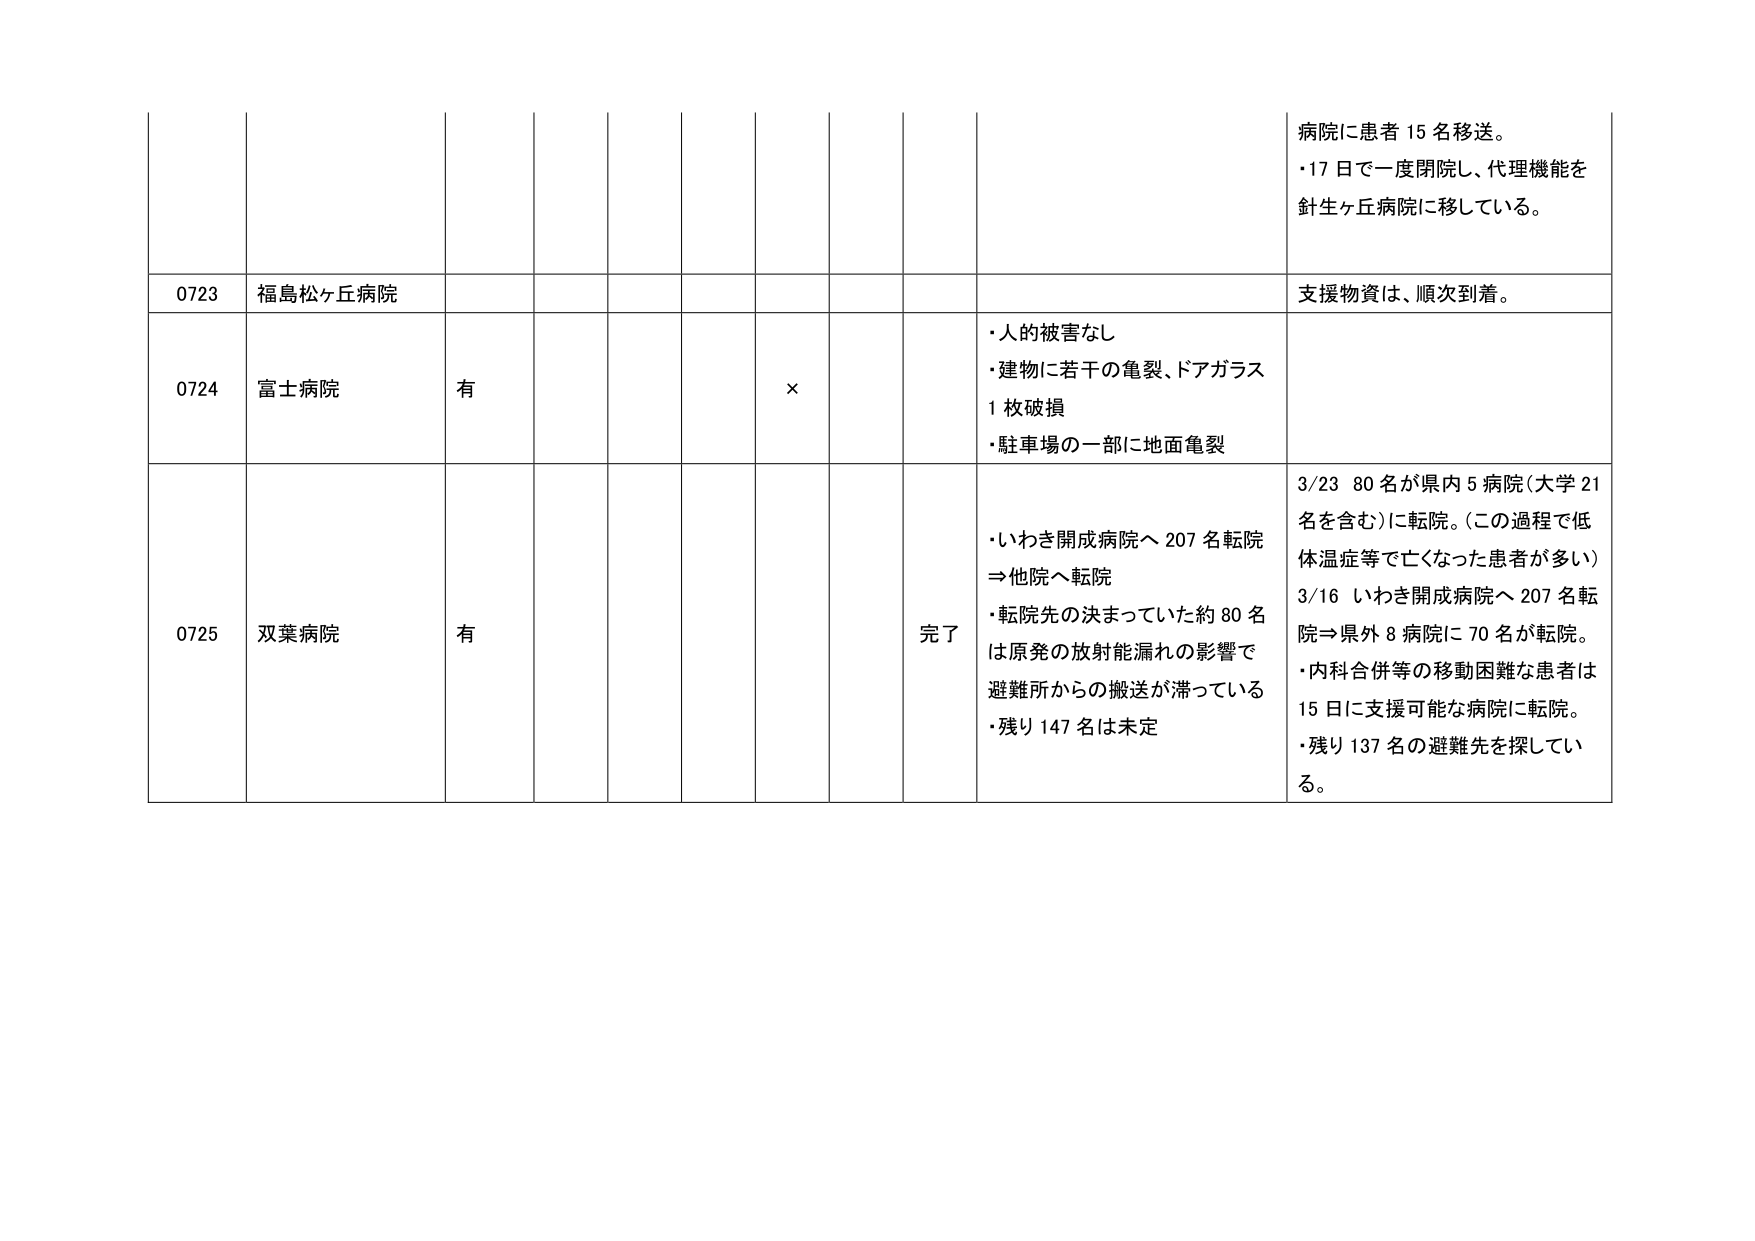
病院に患者15名移送。
・17日で一度閉院し、代理機能を
針生ヶ丘病院に移している。

0723 福島松ヶ丘病院 支援物資は、順次到着。

0724 富士病院 有 ×
・人的被害なし
・建物に若干の亀裂、ドアガラス
1枚破損
・駐車場の一部に地面亀裂

0725 双葉病院 有 完了
・いわき開成病院へ207名転院
⇒他院へ転院
・転院先の決まっていた約80名
は原発の放射能漏れの影響で
避難所からの搬送が滞っている
・残り147名は未定
3/23 80名が県内5病院（大学21
名を含む）に転院。（この過程で低
体温症等で亡くなった患者が多い）
3/16 いわき開成病院へ207名転
院⇒県外8病院に70名が転院。
・内科合併等の移動困難な患者は
15日に支援可能な病院に転院。
・残り137名の避難先を探してい
る。